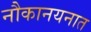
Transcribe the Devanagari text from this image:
नौकानयनात